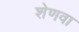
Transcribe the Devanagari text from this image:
शेणवा